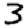
Digit: 3